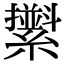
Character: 𦆫